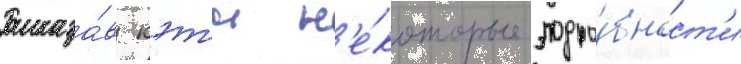
Рассказа́в кэт'и н'е́которые подро́бност'и